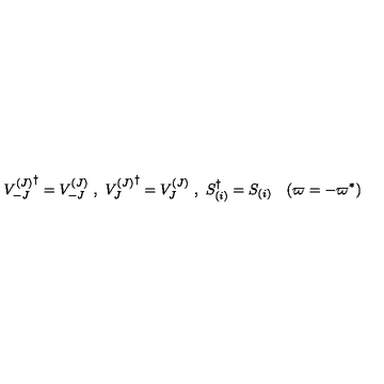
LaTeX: { V _ { - J } ^ { ( J ) } } ^ { \dag } = V _ { - J } ^ { ( J ) } \ , \ { V _ { J } ^ { ( J ) } } ^ { \dag } = V _ { J } ^ { ( J ) } \ , \ S _ { ( i ) } ^ { \dag } = S _ { ( i ) } \quad ( \varpi = - \varpi ^ { \ast } )